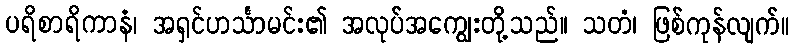
ပရိစာရိကာနံ၊ အရှင်ဟင်္သာမင်း၏ အလုပ်အကျွေးတို့သည်။ သတံ၊ ဖြစ်ကုန်လျက်။